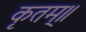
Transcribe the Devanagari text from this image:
कृतम्॥